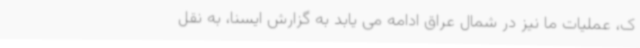
ک، عملیات ما نیز در شمال عراق ادامه می یابد به گزارش ایسنا، به نقل